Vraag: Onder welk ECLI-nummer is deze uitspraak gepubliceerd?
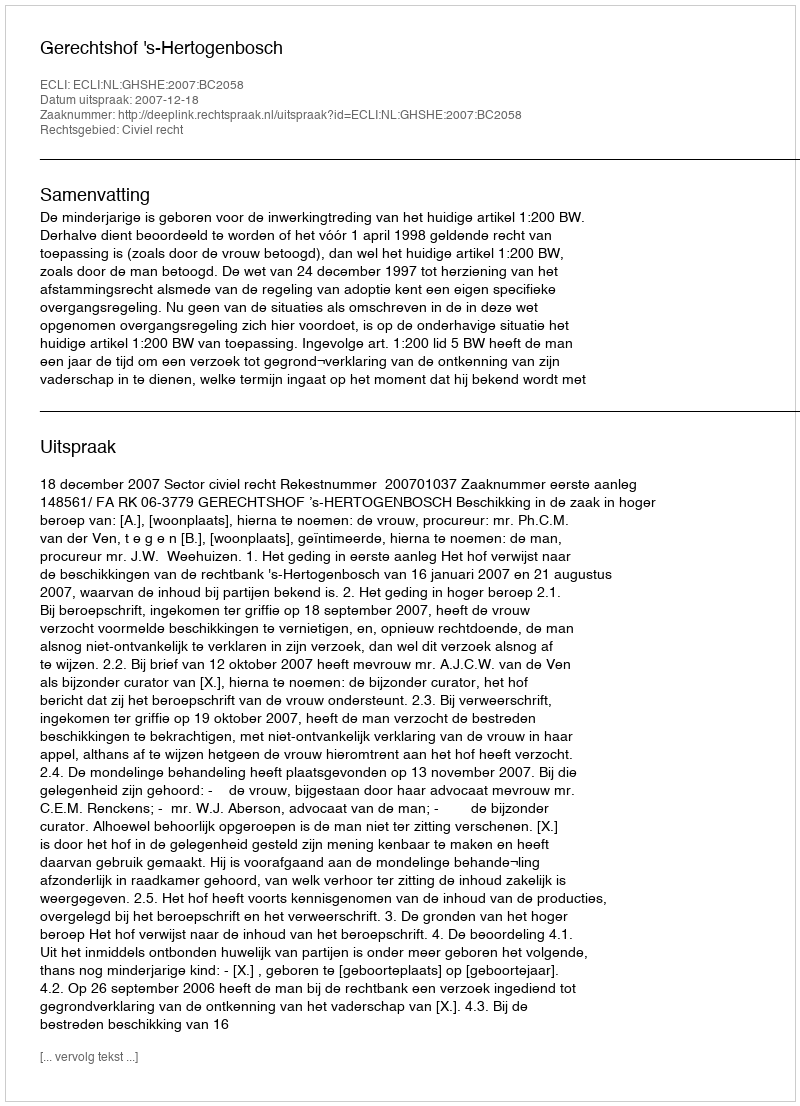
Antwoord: ECLI:NL:GHSHE:2007:BC2058